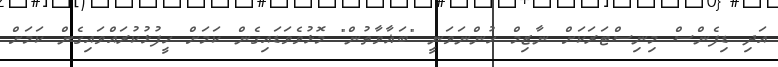
އަދި ޑިފެންސް މިނިސްޓަރަކަށް ނާޒިމް ހުންނަވަނީ "ބަޣާވާތުން" މޮޅުވެވަޑައިގެން ކަމަށް ހީފުޅުކުރައްވައިގެން ކަމަށް